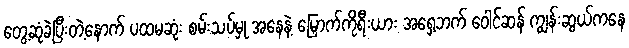
တွေ့ဆုံခဲ့ပြီးတဲ့နောက် ပထမဆုံး စမ်းသပ်မှု အနေနဲ့ မြောက်ကိုရီးယား အရှေ့ဘက် ဝေါင်ဆန် ကျွန်းဆွယ်ကနေ